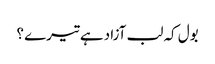
بول کہ لب آزاد ہے تیرے ؟